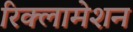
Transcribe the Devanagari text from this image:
रिक्लामेशन